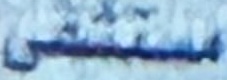
مستشفى